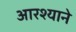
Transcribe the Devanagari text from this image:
आरश्याने